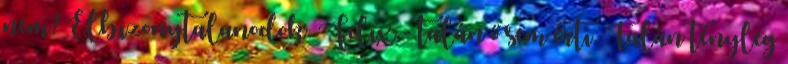
nem? Elbizonytalanodok. Felix.- talán ő sem érti. Talán tényleg